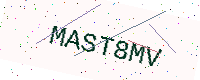
Text: MAST8MV